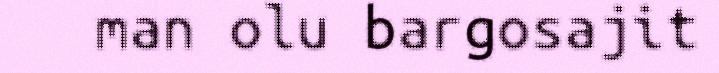
man olu bargosajit